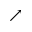
\nearrow